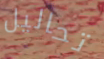
تحاليل